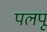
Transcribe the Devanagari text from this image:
पलपू